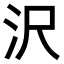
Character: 沢